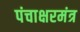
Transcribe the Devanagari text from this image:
पंचाक्षरमंत्र